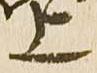
上